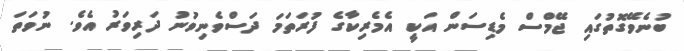
ބުނެވޭގޮތުގައި ޖޭމްސް މެޑިސަން އަކީ އެމެރިކާގެ ފުރަތަމަ ދަސްވެނިވުނު ދަރިވަރު އެވެ. ނުވަތަ